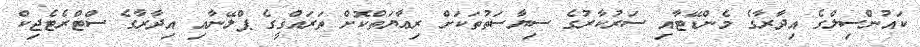
ކައުންސިލްގެ އިދާރާގެ މެންޑޭޓާއި ސަރުކާރުގެ ސިޔާސަތުތަކަށް ރިޢާޔަތްކޮށް ތަރައްޤީގެ ޕްލޭނާއި އިދާރާގެ ސްޓްރެޓެޖިކް